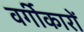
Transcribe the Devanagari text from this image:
वर्गीकारों